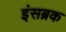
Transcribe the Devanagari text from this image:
इंसब्रक